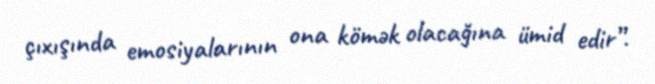
çıxışında emosiyalarının ona kömək olacağına ümid edir”.